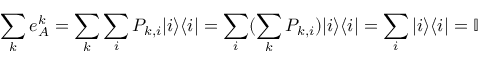
\sum _ { k } e _ { A } ^ { k } = \sum _ { k } \sum _ { i } P _ { k , i } | i \rangle \langle i | = \sum _ { i } ( \sum _ { k } P _ { k , i } ) | i \rangle \langle i | = \sum _ { i } | i \rangle \langle i | = \mathbb { I }